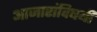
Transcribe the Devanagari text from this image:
आजारांविषयी